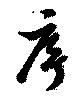
序